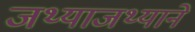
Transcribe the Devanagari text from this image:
जथ्याजथ्याने